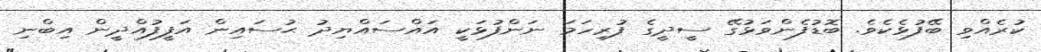
ކުރެއްވި ބޭފުޅެކެވެ. ބޮޑުފެންވަޅުގޭ ސީދީގެ ފުރިހަމަ ނަންފުޅަކީ އައްސައްޔިދު ޙުސައިން އަފީފުއްދީން އިބްނި